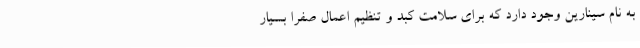
به نام سینارین وجود دارد که برای سلامت کبد و تنظیم اعمال صفرا بسیار